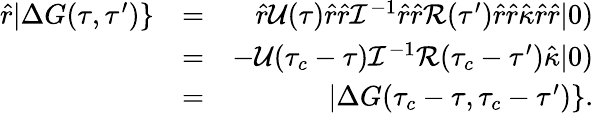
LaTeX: \begin{array}{rlr}{\hat{r}|\Delta G(\tau,\tau^{\prime})\} }&{=}&{\hat{r}\mathcal{U}(\tau)\hat{r}\hat{r}\mathcal{I}^{-1}\hat{r}\hat{r}\mathcal{R}(\tau^{\prime})\hat{r}\hat{r}\hat{\kappa}\hat{r}\hat{r}|0)}\\ &{=}&{-\mathcal{U}(\tau_{c}-\tau)\mathcal{I}^{-1}\mathcal{R}(\tau_{c}-\tau^{\prime})\hat{\kappa}|0)}\\ &{=}&{|\Delta G(\tau_{c}-\tau,\tau_{c}-\tau^{\prime})\} .}\end{array}